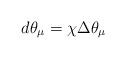
LaTeX: \begin{align*}d\theta_{\mu}=\chi\Delta\theta_{\mu} \end{align*}